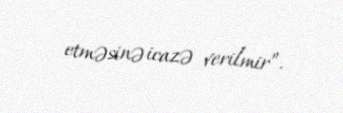
etməsinə icazə verilmir”.